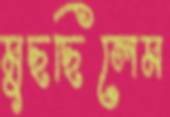
মুছছিলেম